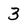
Character: 3